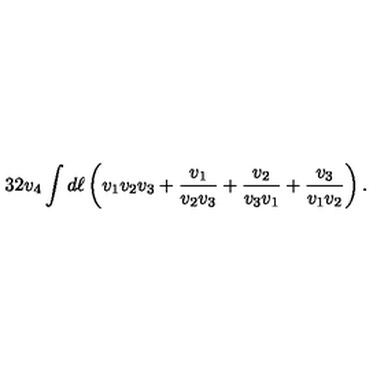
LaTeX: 3 2 v _ { 4 } \int { d \ell } \left( v _ { 1 } v _ { 2 } v _ { 3 } + { \frac { v _ { 1 } } { v _ { 2 } v _ { 3 } } } + { \frac { v _ { 2 } } { v _ { 3 } v _ { 1 } } } + { \frac { v _ { 3 } } { v _ { 1 } v _ { 2 } } } \right) .